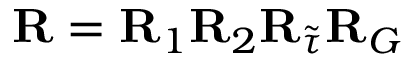
{ \bf R } = { \bf R } _ { 1 } { \bf R } _ { 2 } { \bf R } _ { \tilde { \tau } } { \bf R } _ { G }